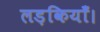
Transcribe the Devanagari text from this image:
लड़कियाँ।